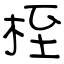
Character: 桎